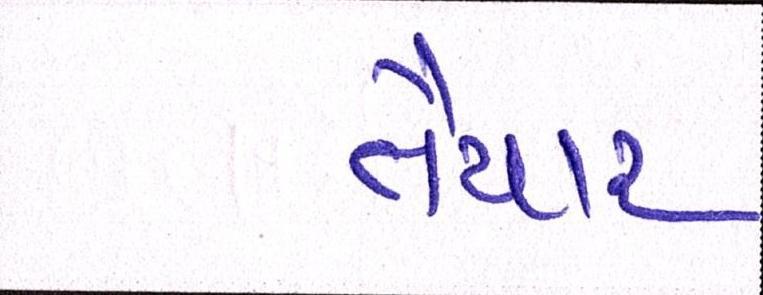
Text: તૈયાર